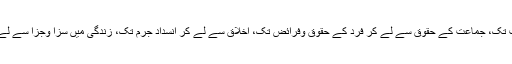
وہ مذہبی رسوم سے لے کر روزانہ امور حیات تک، روح کی نجات سے جسم کی صحت تک، جماعت کے حقوق سے لے کر فرد کے حقوق وفرائض تک، اخلاق سے لے کر انسداد جرم تک، زندگی میں سزا وجزا سے لے کر عقبیٰ کی جزا وسزا تک ہر ایک فعل، قول، حرکت پر مکمل احکام کا مجموعہ ہیں"۔